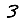
Digit: 3